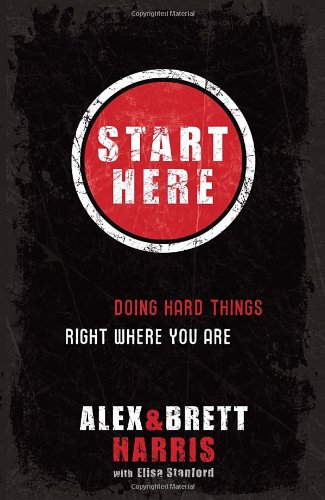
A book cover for Start Here: Doing Hard Things Right Where You Are; Alex Harris; Christian Books & Bibles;